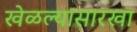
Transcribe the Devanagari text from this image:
खेळल्यासारखा